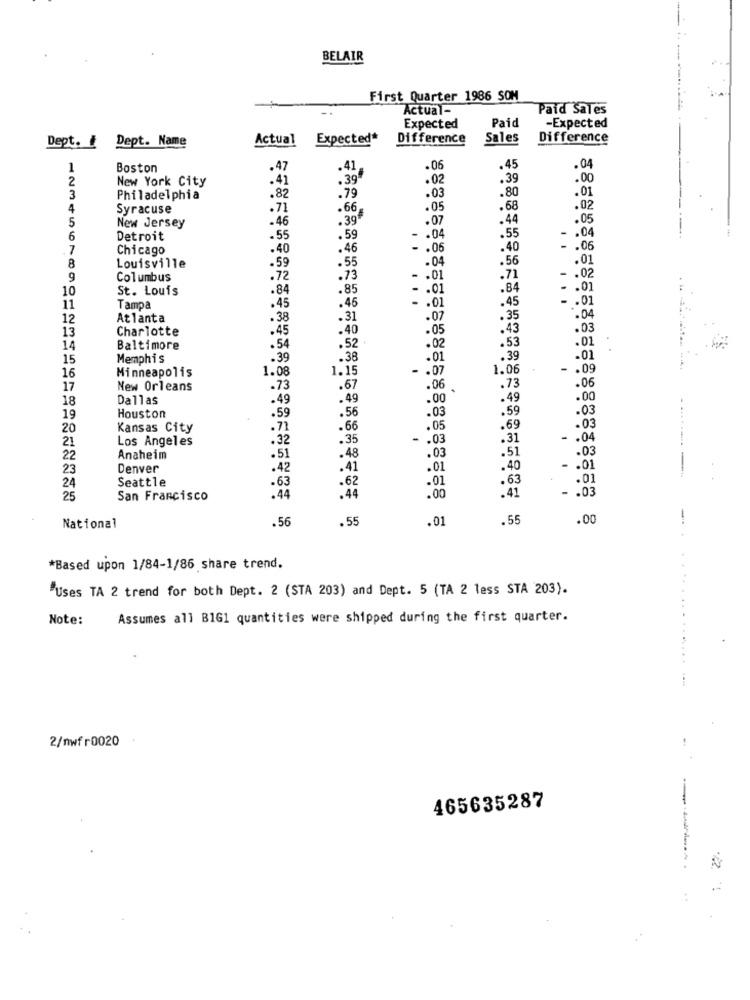
BELAIR
First Quarter 1986 SOM
Actual-
Paid Sales
Expected
Paid
-Expected
Dept.
Dept. Name
Actual
Expected*
Difference
Sales
Difference
1
Boston
.47
.41
.06
.45
.04
2
New York City
.41
.39
.02
.39
.00
.79
.80
.01
3
Philadelphia
.82
.03
4
Syracuse
.71
.66
.05
.68
.02
5
.46
.39
.07
.44
.05
New Jersey
.55
- . 04
6
Detroit
.55
.59
.04
7
Chicago
.40
.46
- . 06
.40
- . 06
.04
.56
.01
8
Louisville
.59
.55
9
Columbus
.72
.73
- . 01
.71
-. 02
10
St. Louis
.84
.85
. . 01
.84
. . 01
.45
.46
.45
- . 01
11
Tampa
. . 01
12
Atlanta
.38
.31
.07
.35
.04
Charlotte
.45
.40
.05
.43
.03
13
.54
.52 .
.53
.01
14
Baltimore
.02
15
Memphis
.39
.38
.01
.39
-01
Minneapolis
1.08
1.15
-
.07
1.06
- . 09
16
.73
17
New Orleans
.73
.67
.06
.06
Dallas
.49
.49
.00
.49
.00
18
.59
.56
.03
.59
.03
19
Houston
20
Kansas City
.71
.66
.05
.69
.03
Los Angeles
.32
.35
-
.03
.31
- . 04
21
.51
.03
22
Anaheim
.51
.48
.03
23
Denver
.42
.41
.01
.40
- . 01
Seattle
.63
.62
.01
.63
.01
24
.44
.44
.41
- . 03
25
San Francisco
.00
.56
.55
.01
.55
.00
National
*Based upon 1/84-1/86 share trend.
"Uses TA 2 trend for both Dept. 2 (STA 203) and Dept. 5 (TA 2 less STA 203).
Note:
Assumes all B1G1 quantities were shipped during the first quarter.
2/nwfr0020
465635287